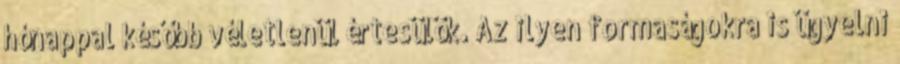
hónappal később véletlenül értesülök. Az ilyen formaságokra is ügyelni